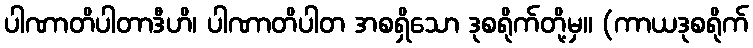
ပါဏာတိပါတာဒီဟိ၊ ပါဏာတိပါတ အစရှိသော ဒုစရိုက်တို့မှ။ (ကာယဒုစရိုက်